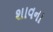
શાવના